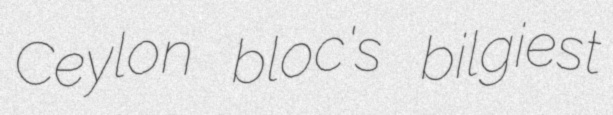
Ceylon bloc's bilgiest